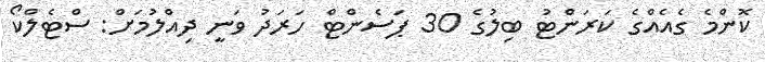
ކޮންމެ ގެއެއްގެ ކަރަންޓު ބިލުގެ 30 ޕަސެންޓް ހަރަދު ވަނީ ދިއްލުމަށް: ސްޓެލްކޯ